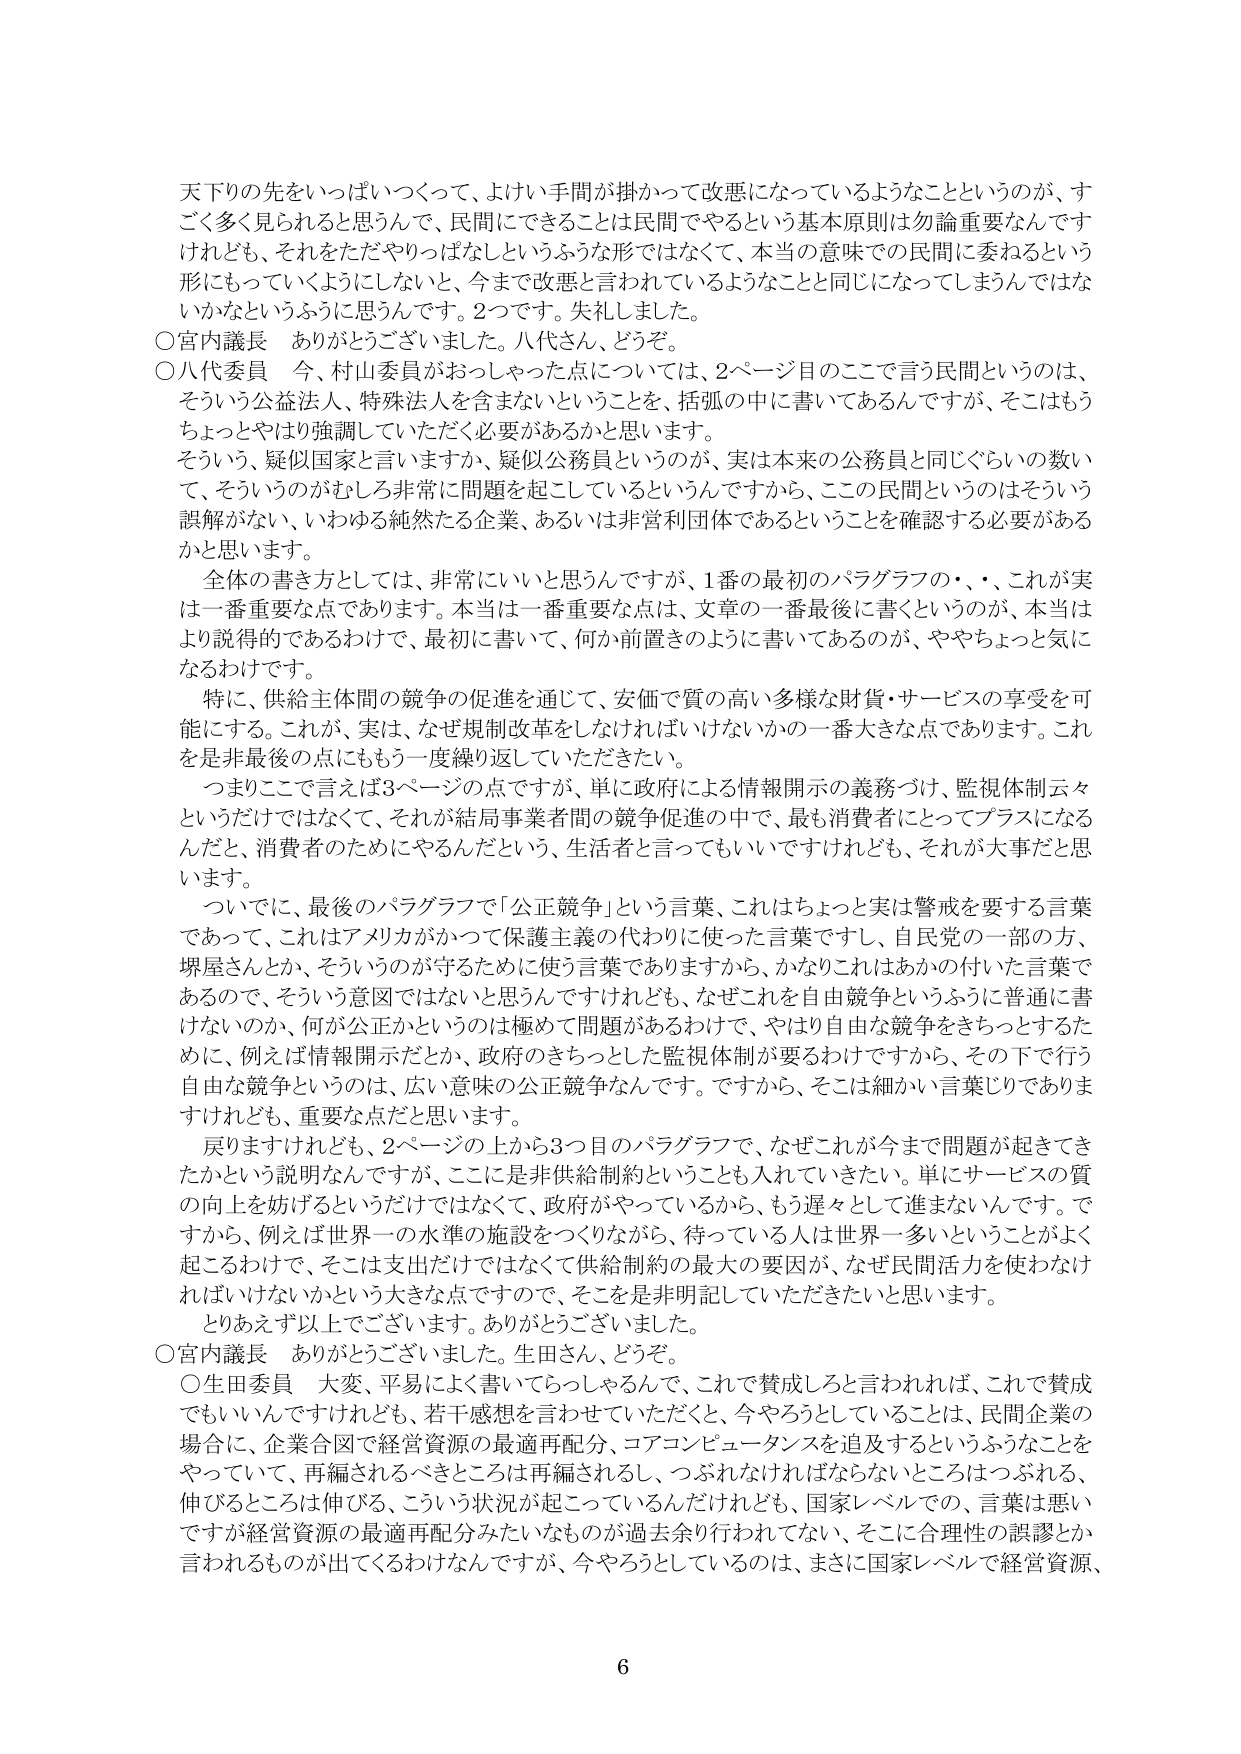
天下りの先をいっぱいつくって、よけい手間が掛かって改悪になっているようなことというのが、すごく多く見られると思うんです。民間にできることは民間でやるという基本原則は勿論重要なんですけれども、それをただやりっぱなしというふうな形ではなくて、本当の意味で民間に委ねるという形にもっていくようにしないと、今まで改悪と言われているようなことと同じになってしまうんではないかなというふうに思うんです。2つです。失礼しました。

○宮内議長　ありがとうございます。八代さん、どうぞ。

○八代委員　今、村山委員がおっしゃった点については、2ページ目のここで言う民間というのは、そういう公益法人、特殊法人を含まないということを、括弧の中に書いてあるんですが、そこはもうちょっとやはり強調していただく必要があるかと思います。

そういう、疑似国家と言いますか、疑似公務員というのが、実は本来の公務員と同じぐらいの数いて、そういうのがむしろ非常に問題を起こしているというんですから、この民間というのはそういう誤解がない、いわゆる純然たる企業、あるいは非営利団体であるということを確認する必要があるかと思います。

全体の書き方としては、非常にいいと思うんですが、1番の最初のパラグラフの・・、これが実は一番重要な点であります。本当は一番重要な点は、文章の一番最後に書くというのが、本当はより説得的であるわけですから、最初に書いて、何か前置きのように書いてあるのが、ややちょっと気になるわけです。

特に、供給主体間の競争の促進を通じて、安価で質の高い多様な財貨・サービスの享受を可能にする。これが、実は、なぜ規制改革をしなければいけないかの一番大きな点であります。これを是非最後の点にもう一度繰り返していただきたい。

つまりここで言えば3ページの点ですが、単に政府による情報開示の義務づけ、監視体制云々というだけではなくて、それが結局事業者間の競争促進の中で、最も消費者にとってプラスになるんだと、消費者のためにやるんだという、生活者と言ってもいいですけれども、それが大事だと思います。

ついでに、最後のパラグラフで「公正競争」という言葉、これはちょっと実は警戒を要する言葉であって、これはアメリカがかつて保護主義の代わりに使った言葉ですし、自民党の一部の方、堺屋さんとか、そういうのが守るために使う言葉でありますから、かなりこれはあかの付けた言葉であるので、そういう意図ではないと思うんですけれども、なぜこれを自由競争というふうに普通に書けないのか、何が公正かというのは極めて問題があるわけで、やはり自由な競争をきちっとするためには、例えば情報開示だとか、政府のきちっとした監視体制が要るわけですから、その下で行う自由な競争というのは、広い意味の公正競争なんです。ですから、そこは細かい言葉じりでありましれども、重要な点だと思います。

戻りますけれども、2ページの上から3つ目のパラグラフで、なぜこれが今まで問題が起きてきたかという説明なんですが、ここに是非供給制約ということも入れていきたい。単にサービスの質の向上を妨げるというだけではなくて、政府がやっているから、もう遅々として進まないんです。ですから、例えば世界一の水準の施設をつくりながら、待っている人は世界一多いということがよく起こるわけで、そこは支出だけではなくて供給制約の最大の要因が、なぜ民間活力を使わなければいけないかという大きな点ですので、そこを非明記していただきたいと思います。

とりあえず以上でございます。ありがとうございました。

○宮内議長　ありがとうございました。生田さん、どうぞ。

○生田委員　大変、平易によく書いてらっしゃるんで、これで賛成しろと言われれば、これで賛成でもいいんですけども、若干感想を言わせていただくと、今やろうとしていることは、民間企業の場合に、企業合図で経営資源の最適再配分、コアコンピュータンスを追及するというふうなことをやっていて、再編されるべきところは再編されるし、つぶれなければならないところはつぶれる、伸びるところは伸びる、こういう状況が起こっているんだけども、国家レベルでの、言葉は悪いですが経営資源の最適再配分みたいなものが過去余り行われてない、そこに合理性の誤謬とか言われるものが出てくるわけなんですが、今やろうとしているのは、まさに国家レベルで経営資源、

6